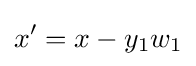
x'=x-y_{1}w_{1}